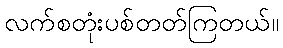
လက်စတုံးပစ်တတ်ကြတယ်။